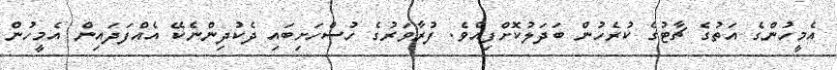
އެމީހުންގެ އަތުގެ ޗާޓުގެ ކުރެހުން ބަދަލުކޮށްފިއެވެ. ފުރާވަރުގެ ހުސްހަށިބައި ދެކުދިންނެކޭ އެއްފަދައިން އެމީހުން